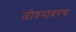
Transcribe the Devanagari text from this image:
जीवनावरच